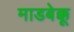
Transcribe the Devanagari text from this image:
माडबेक्कू